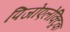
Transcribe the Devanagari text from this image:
पिजोएलेक्ट्रिक